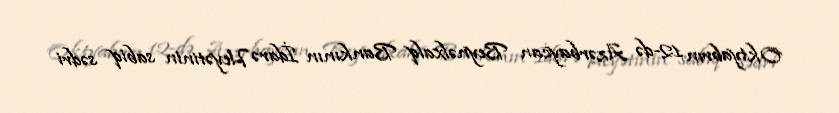
Oktyabrın 12-də Azərbaycan Beynəlxalq Bankının İdarə Heyətinin sabiq sədri